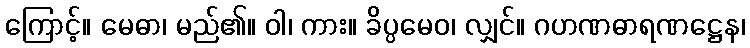
ကြောင့်။ မေဓာ၊ မည်၏။ ဝါ၊ ကား။ ခိပ္ပမေဝ၊ လျှင်။ ဂဟဏဓာရဏဋ္ဌေန၊